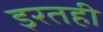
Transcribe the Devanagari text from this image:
इरतही